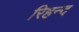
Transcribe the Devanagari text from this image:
रिहन्‍द